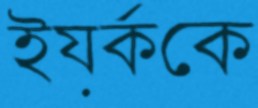
ইয়র্ককে